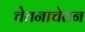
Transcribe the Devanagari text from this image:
चेतनाचेतन